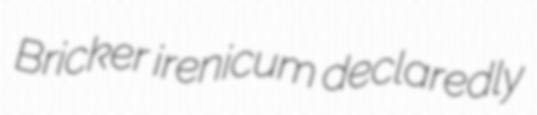
Bricker irenicum declaredly